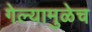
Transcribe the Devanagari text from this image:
गेल्यामुळेच